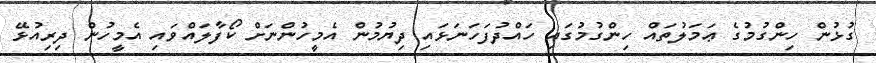
ގުޅުން ހިންގުމުގެ ޢަމަލުތައް ހިންގުމުގައި ހައްދުފަހަނަޅައި ދިޔުމުން އެމީހުންނަށް ކޯފާލައްވައި އެމީހުން ދިރިއުޅޭ